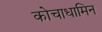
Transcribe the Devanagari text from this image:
कोचाधामिन